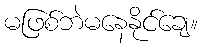
မဖြစ်ဘဲမနေနိုင်ချေ။